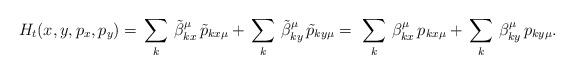
LaTeX: \begin{align*}H_t(x,y,p_x,p_y)=\,\sum_k \,\tilde{\beta}^\mu_{kx}\,\tilde{p}_{kx\mu}+\,\sum_k \,\tilde{\beta}^\mu_{ky}\,\tilde{p}_{ky\mu}=\,\,\sum_k \,\beta^\mu_{kx}\,p_{kx\mu}+\,\sum_k \,\beta^\mu_{ky}\,p_{ky\mu}.\end{align*}